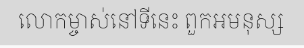
លោកម្ចាស់នៅទីនេះ ពួកអមនុស្ស